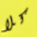
كلا